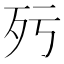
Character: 𣧁